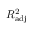
R _ { \mathrm { a d j } } ^ { 2 }